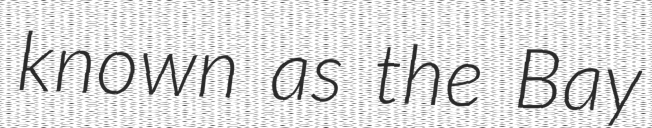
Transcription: known as the Bay